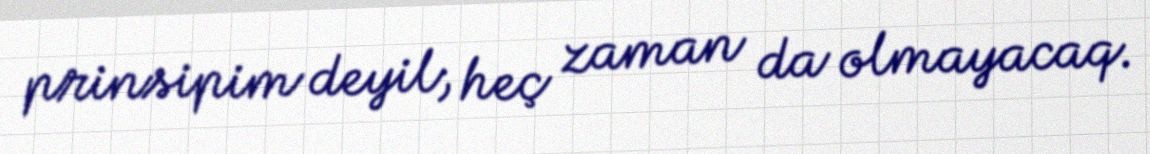
prinsipim deyil, heç zaman da olmayacaq.